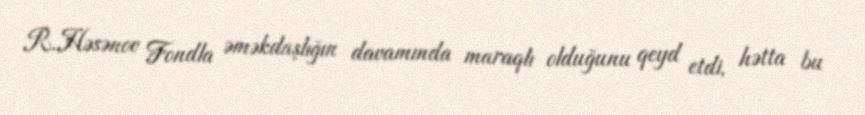
R.Həsənov Fondla əməkdaşlığın davamında maraqlı olduğunu qeyd etdi, hətta bu